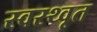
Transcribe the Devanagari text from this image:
स्वस्थ्वृत